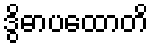
ဒွိဓာပထောတိ